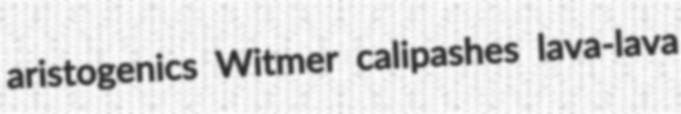
aristogenics Witmer calipashes lava-lava